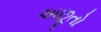
અછૂતો